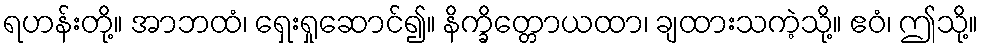
ရဟန်းတို့။ အာဘထံ၊ ရှေးရှုဆောင်၍။ နိက္ခိတ္တောယထာ၊ ချထားသကဲ့သို့။ ဧဝံ၊ ဤသို့။